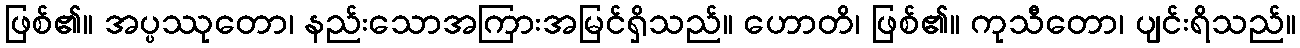
ဖြစ်၏။ အပ္ပဿုတော၊ နည်းသောအကြားအမြင်ရှိသည်။ ဟောတိ၊ ဖြစ်၏။ ကုသီတော၊ ပျင်းရိသည်။